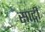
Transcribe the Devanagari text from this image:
साद्गी